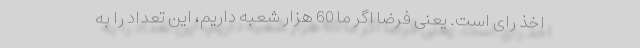
اخذ رای است. یعنی فرضا اگر ما 60 هزار شعبه داریم، این تعداد را به